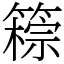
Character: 䉘